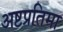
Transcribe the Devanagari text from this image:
अष्टप्रतिमा